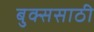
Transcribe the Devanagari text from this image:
बुक्ससाठी